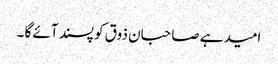
امید ہے صاحبان ذوق کو پسند آئے گا ۔